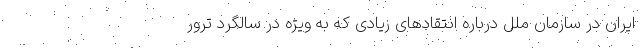
ایران در سازمان ملل درباره انتقادهای زیادی که به ویژه در سالگرد ترور